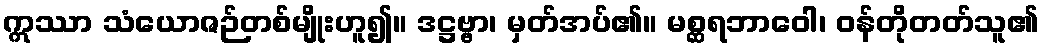
ဣဿာ သံယောဇဉ်တစ်မျိုးဟူ၍။ ဒဋ္ဌဗ္ဗာ၊ မှတ်အပ်၏။ မစ္ဆရဘာဝေါ၊ ဝန်တိုတတ်သူ၏